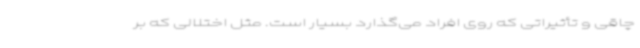
چاقی و تأثیراتی که روی افراد می‌گذارد بسیار است. مثل اختلالی که بر